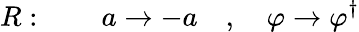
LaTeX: R:\qquad a\rightarrow-a\quad,\quad\varphi\rightarrow\varphi^{\dagger}